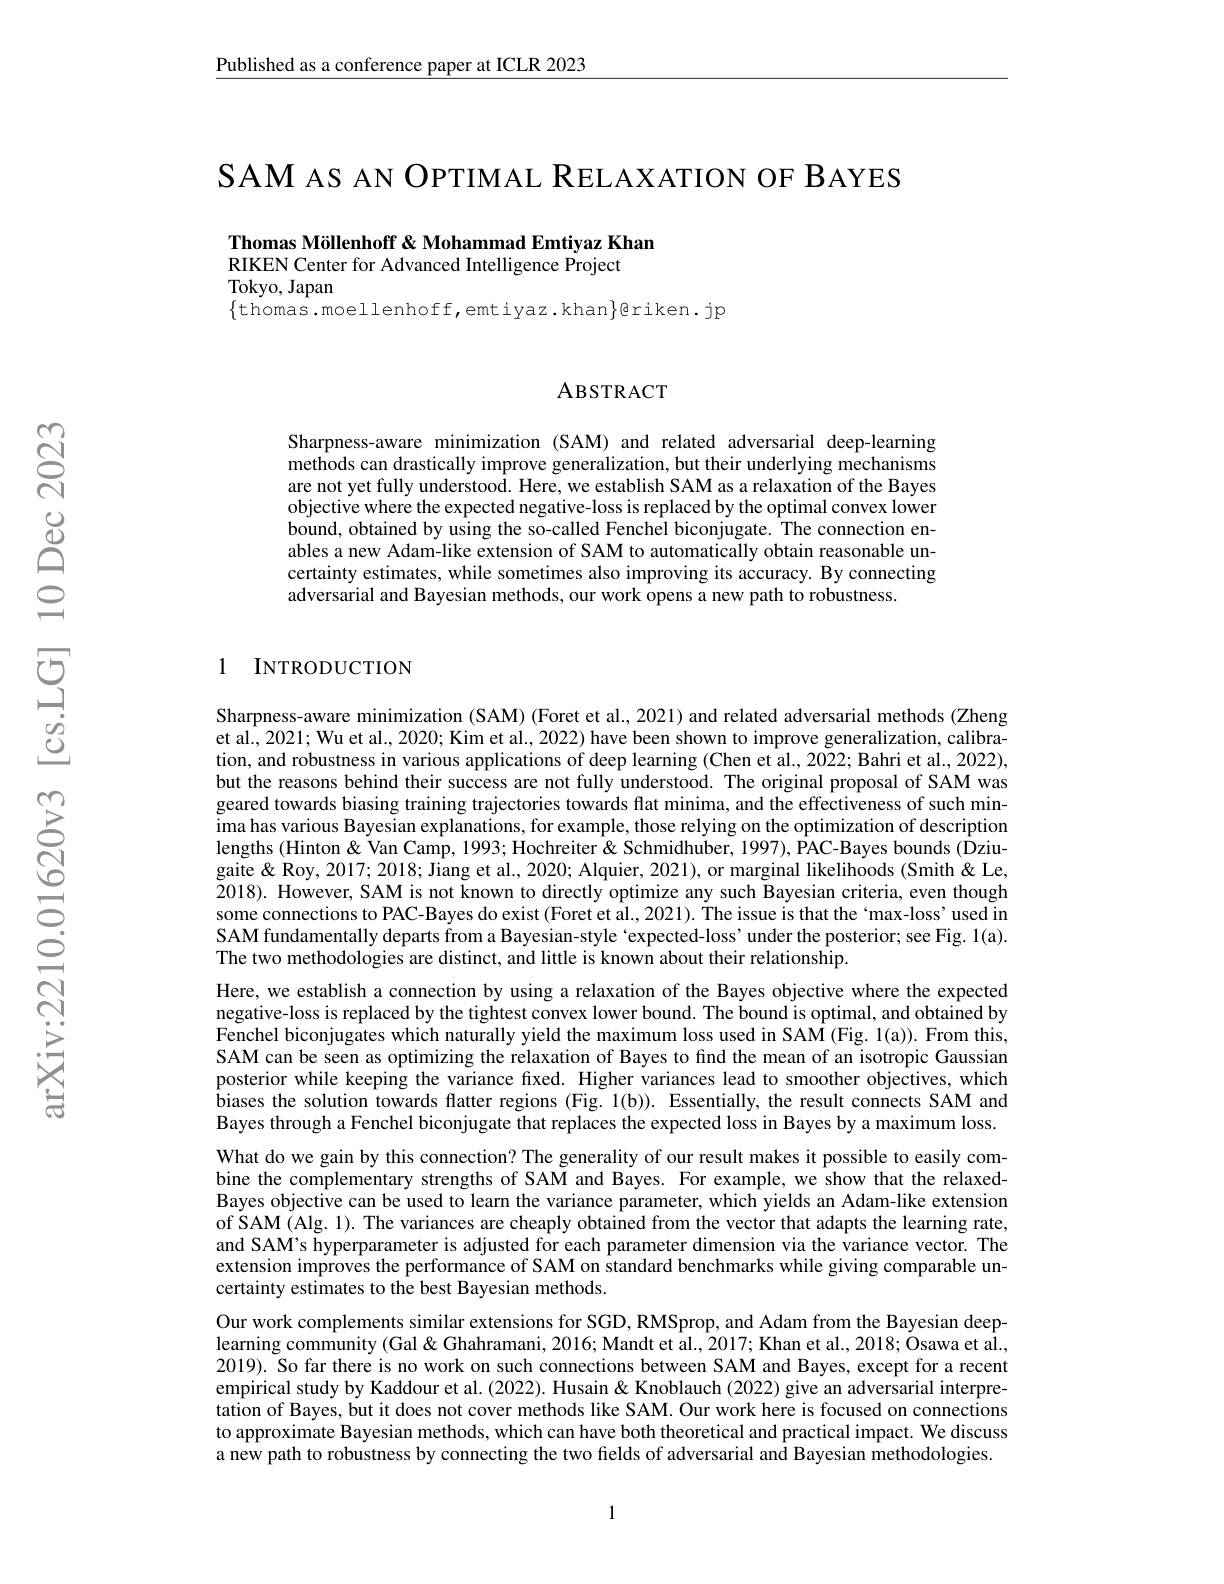
Published as a conference paper at ICLR 2023

SAM AS AN OPTIMAL RELAXATION OF BAYES

Thomas Möllenhoff & Mohammad Emtiyaz Khan
RIKEN Center for Advanced Intelligence Project
Tokyo, Japan

$\{$thomas.moellenhoff,emtiyaz.khan$\}$eriken.jp

## ABSTRACT

Sharpness-aware minimization (SAM) and related adversarial deep-learning methods can drastically improve generalization, but their underlying mechanisms are not yet fully understood. Here, we establish SAM as a relaxation of the Bayes objective where the expected negative-loss is replaced by the optimal convex lower bound, obtained by using the so-called Fenchel biconjugate. The connection enables a new Adam-like extension of SAM to automatically obtain reasonable uncertainty estimates, while sometimes also improving its accuracy. By connecting adversarial and Bayesian methods, our work opens a new path to robustness.

1 INTRODUCTION

Sharpness-aware minimization (SAM) (Foret et al., 2021) and related adversarial methods (Zheng et al., 2021; Wu et al., 2020; Kim et al., 2022) have been shown to improve generalization, calibration, and robustness in various applications of deep learning (Chen et al., 2022; Bahri et al., 2022), but the reasons behind their success are not fully understood. The original proposal of SAM was geared towards biasing training trajectories towards flat minima, and the effectiveness of such minima has various Bayesian explanations, for example, those relying on the optimization of description lengths (Hinton & Van Camp, 1993; Hochreiter & Schmidhuber, 1997), PAC-Bayes bounds ( Ôziugaite&Roy,2017; 2018; Jiang et al., 2020; Alquier, 2021), or marginal likelihoods (Smith&Le, 2018). However, SAM is not known to directly optimize any such Bayesian criteria, even though some connections to PAC-Bayes do exist (Foret et al., 2021). The issue is that the `max-loss' used in SAM fundamentally departs from a Bayesian-style éexpected-loss' under the posterior; see Fig. 1(a). The two methodologies are distinct, and little is known about their relationship.
Here, we establish a connection by using a relaxation of the Bayes objective where the expected negative-loss is replaced by the tightest convex lower bound. The bound is optimal, and obtained by Fenchel biconjugates which naturally yield the maximum loss used in SAM (Fig. 1(a)). From this, SAM can be seen as optimizing the relaxation of Bayes to find the mean of an isotropic Gaussian posterior while keeping the variance fixed. Higher variances lead to smoother objectives, which biases the solution towards flatter regions (Fig. 1(b)). Essentially, the result connects SAM and Bayes through a Fenchel biconjugate that replaces the expected loss in Bayes by a maximum loss. What do we gain by this connection? The generality of our result makes it possible to easily combine the complementary strengths of SAM and Bayes. For example, we show that the relaxedBayes objective can be used to learn the variance parameter, which yields an Adam-like extension of SAM (Alg. 1). The variances are cheaply obtained from the vector that adapts the learning rate, and SAM's hyperparameter is adjusted for each parameter dimension via the variance vector. The extension improves the performance of SAM on standard benchmarks while giving comparable uncertainty estimates to the best Bayesian methods.
Our work complements similar extensions for SGD, RMSprop, and Adam from the Bayesian deeplearning community (Gal& Ghahramani, 2016; Mandt et al., 2017; Khan et al., 2018; Osawa et al. 2019). So far there is no work on such connections between SAM and Bayes, except for a recent empirical study by Kaddour et al. (2022). Husain & Knoblauch (2022) give an adversarial interpretation of Bayes, but it does not cover methods like SAM. Our work here is focused on connections to approximate Bayesian methods, which can have both theoretical and practical impact. We discuss a new path to robustness by connecting the two fields of adversarial and Bayesian methodologies.

1